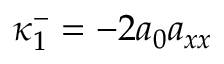
\kappa _ { 1 } ^ { - } = - 2 a _ { 0 } a _ { x x }